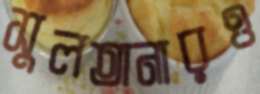
সুলতানারও